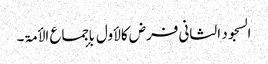
السجود الثانی فرض کالأول بإجماع الأمۃ۔